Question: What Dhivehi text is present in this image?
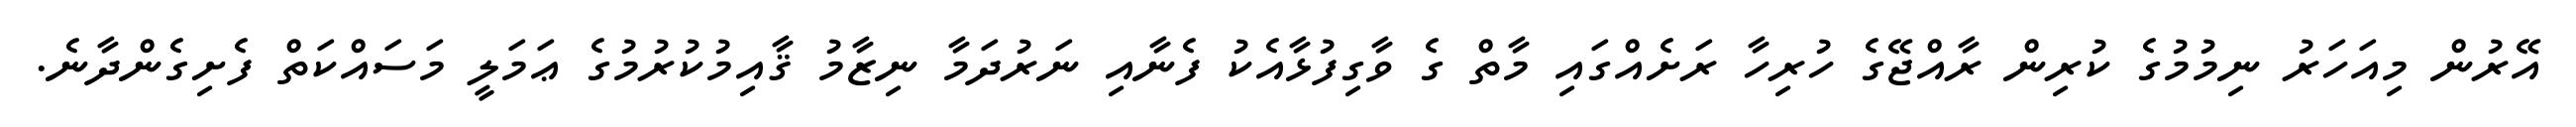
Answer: އޭރުން މިއަހަރު ނިމުމުގެ ކުރިން ރާއްޖޭގެ ހުރިހާ ރަށެއްގައި މާތް ގެ ވާގިފުޅާއެކު ފެނާއި ނަރުދަމާ ނިޒާމު ޤާއިމުކުރުމުގެ ޢަމަލީ މަސައްކަތް ފެށިގެންދާނެ.